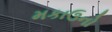
મકાઉનો